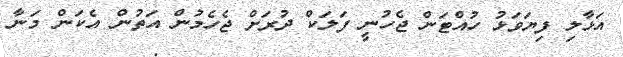
އަޅާލި ފިޔަވަޅު ހުއްޓަން ޖެހުނީ ފަލަކް ދުރަށް ޖެހެމުން އަތުން އެކަން މަނާ